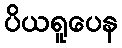
ပိယရူပေန